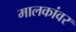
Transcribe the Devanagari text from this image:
मालकांवर